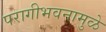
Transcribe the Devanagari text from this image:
परागीभवनामुळे